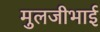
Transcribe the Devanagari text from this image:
मुलजीभाई